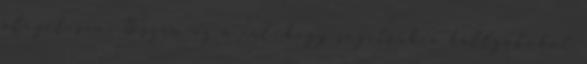
előzetesen. Hiszen az a cél, hogy segítsük a hallgatókat